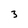
Character: 3